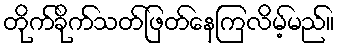
တိုက်ခိုက်သတ်ဖြတ်နေကြလိမ့်မည်။